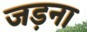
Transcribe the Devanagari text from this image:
जड़ना